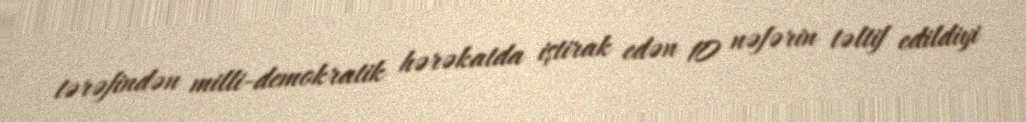
tərəfindən milli-demokratik hərəkatda iştirak edən 10 nəfərin təltif edildiyi